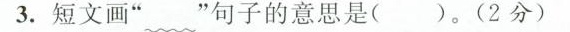
3.短文画”~”句子的意思是()。(2分)